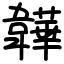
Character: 韡